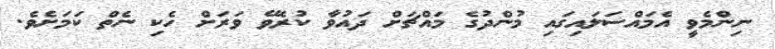
ނިންމެވީ އެމައްސަލައިގައި މުންދުގެ މައްޗަށް ދައުވާ ކުރެވޭ ވަރަށް ހެކި ނެތް ކަމަށެވެ.